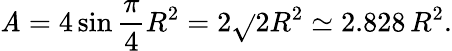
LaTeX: \mathit{A}=4\sin{\frac{{\pi}}{{4}}}R^{2}=2{\sqrt{}{{2}}}R^{2}\simeq2.828\, R^{2}.